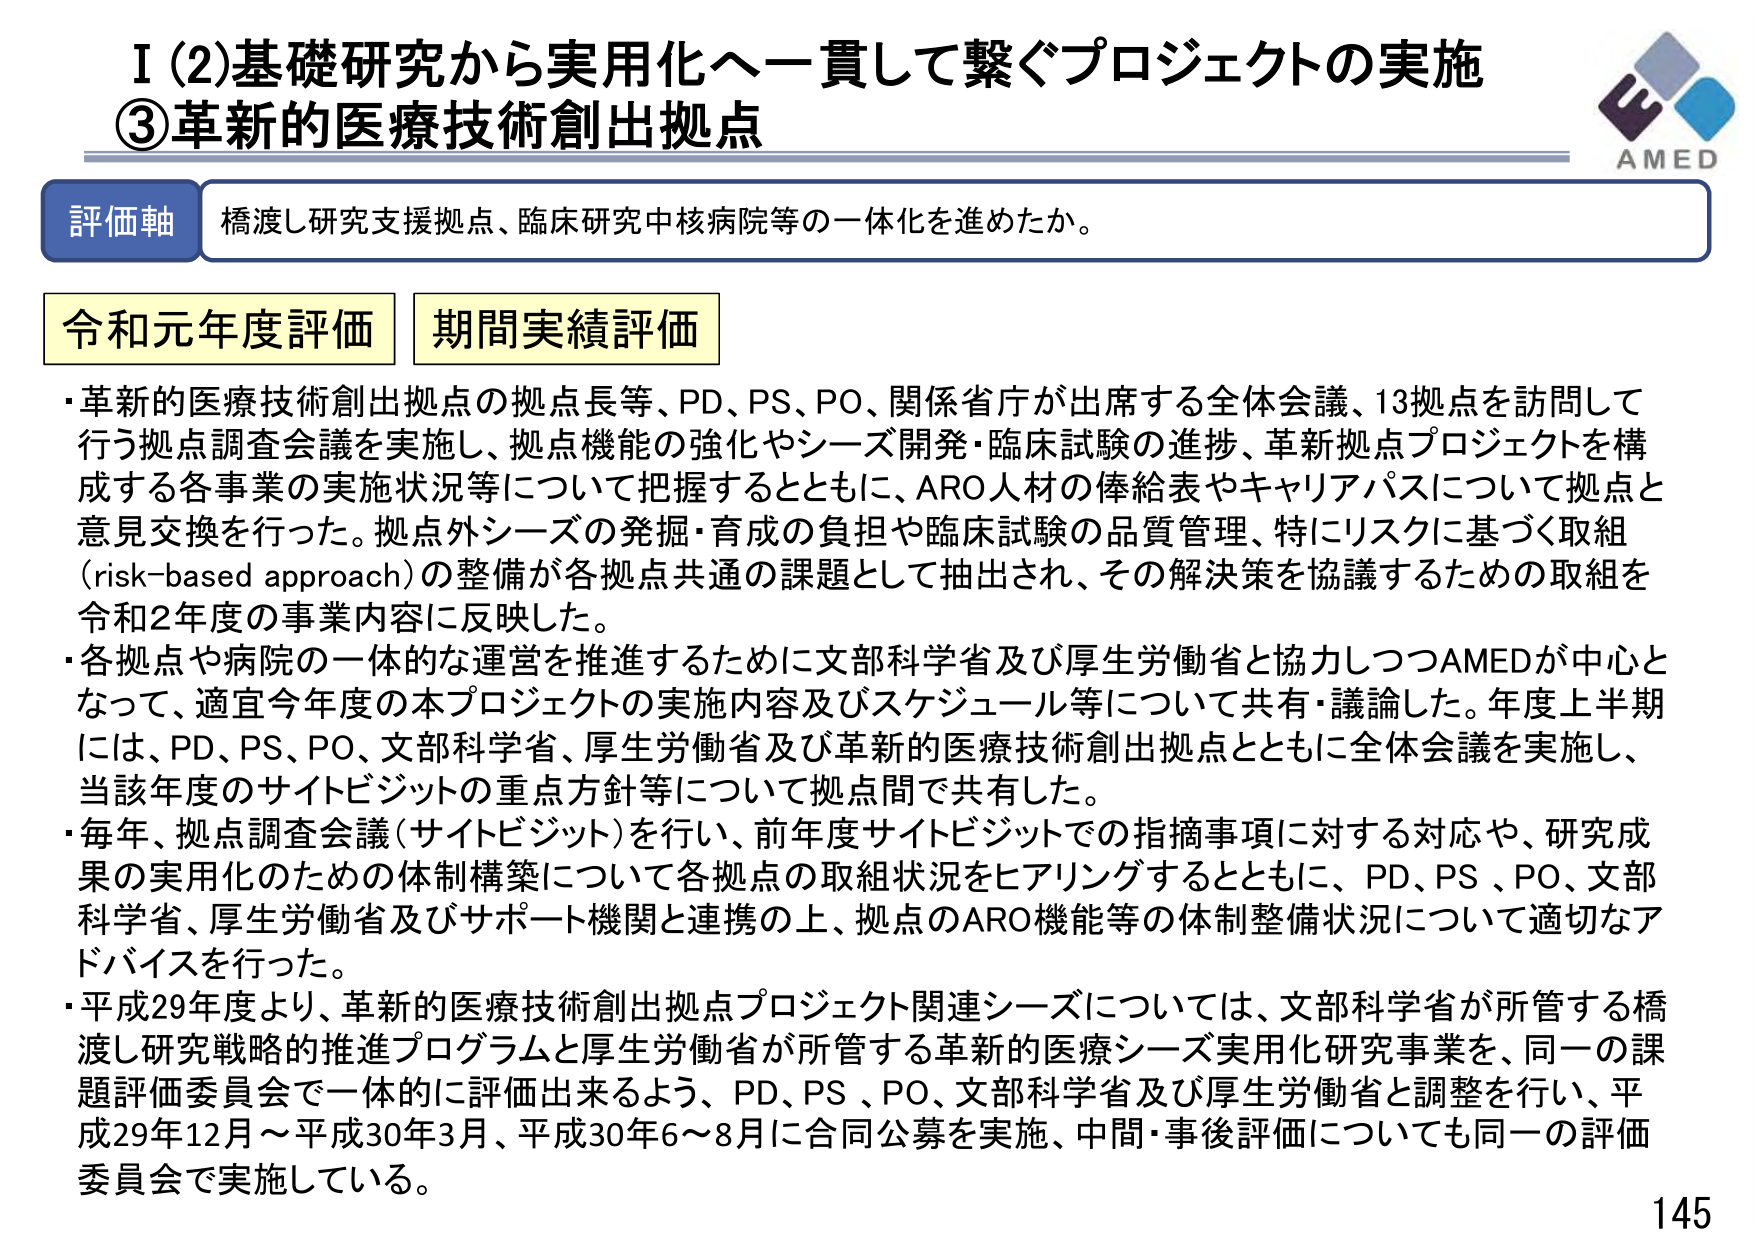
I (2) 基礎研究から実用化へ一貫して繋ぐプロジェクトの実施
③ 革新的医療技術創出拠点

評価軸 橋渡し研究支援拠点、臨床研究中核病院等の一体化を進めたか。

令和元年度評価 期間実績評価

・革新的医療技術創出拠点の拠点長等、PD、PS、PO、関係省庁が出席する全体会議、13拠点を訪問して行う拠点調査会議を実施し、拠点機能の強化やシーズ開発・臨床試験の進捗、革新拠点プロジェクトを構成する各事業の実施状況等について把握するとともに、ARO人材の俸給表やキャリアパスについて拠点と意見交換を行った。拠点外シーズの発掘・育成の負担や臨床試験の品質管理、特にリスクに基づく取組（risk-based approach）の整備が各拠点共通の課題として抽出され、その解決策を協議するための取組を令和2年度の事業内容に反映した。

・各拠点や病院の一体的な運営を推進するために文部科学省及び厚生労働省と協力しつつAMEDが中心となって、適宜今年度の本プロジェクトの実施内容及びスケジュール等について共有・議論した。年度上半期には、PD、PS、PO、文部科学省、厚生労働省及び革新的医療技術創出拠点とともに全体会議を実施し、当該年度のサイトビジットの重点方針等について拠点間で共有した。

・毎年、拠点調査会議（サイトビジット）を行い、前年度サイトビジットでの指摘事項に対する対応や、研究成果の実用化のための体制構築について各拠点の取組状況をヒアリングするとともに、PD、PS、PO、文部科学省、厚生労働省及びサポート機関と連携の上、拠点のARO機能等の体制整備状況について適切なアドバイスを行った。

・平成29年度より、革新的医療技術創出拠点プロジェクト関連シーズについては、文部科学省が所管する橋渡し研究戦略的推進プログラムと厚生労働省が所管する革新的医療シーズ実用化研究事業を、同一の課題評価委員会で一体的に評価出来るよう、PD、PS、PO、文部科学省及び厚生労働省と調整を行い、平成29年12月～平成30年3月、平成30年6～8月に合同公募を実施、中間・事後評価についても同一の評価委員会で実施している。

AMED
145